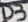
Text: D3